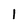
Character: 1